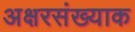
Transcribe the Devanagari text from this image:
अक्षरसंख्याक